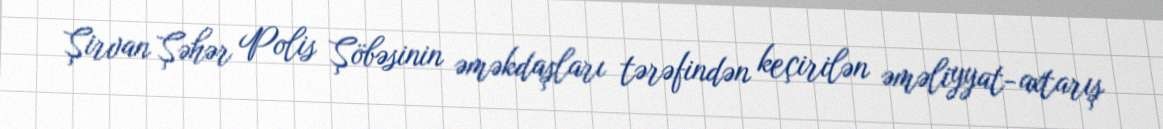
Şirvan Şəhər Polis Şöbəsinin əməkdaşları tərəfindən keçirilən əməliyyat-axtarış